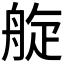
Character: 𦩂